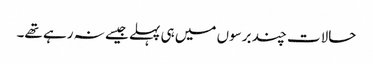
حالات چند برسوں میں ہی پہلے جیسے نہ رہے تھے۔